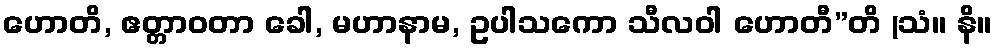
ဟောတိ, ဧတ္တာဝတာ ခေါ, မဟာနာမ, ဥပါသကော သီလဝါ ဟောတီ”တိ (သံ။ နိ။